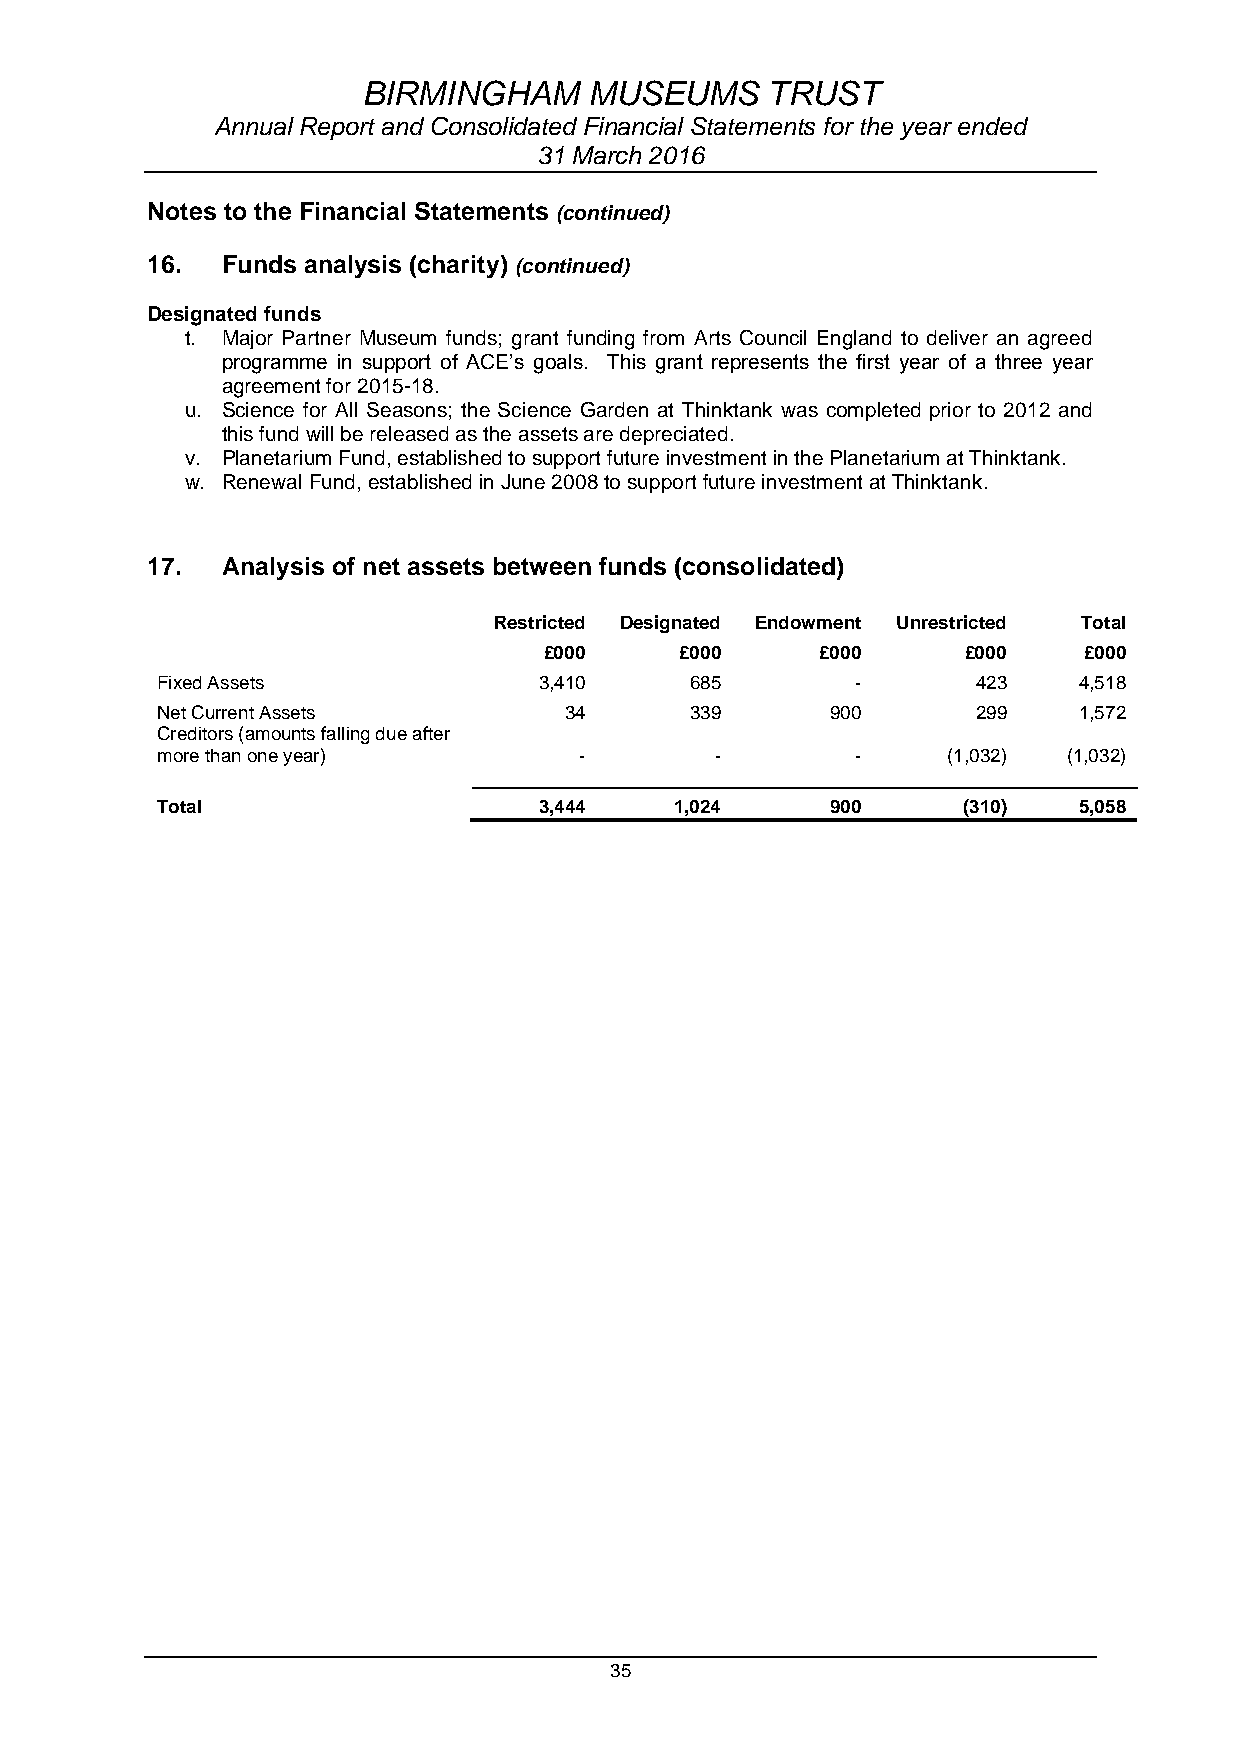
BIRMINGHAM     MUSEUMS     TRUST
 Annual Report and Consolidated Financial Statements for the year ended
 31 March 2016
 Notes to the Financial Statements (continued)
 16.  Funds analysis (charity) (continued)
 Designated funds
 t. Major Partner Museum funds; grant funding from Arts Council England to deliver an agreed
 programme in support of ACE’s goals. This grant represents the first year of a three year
 agreement for 2015-18.
 u. Science for All Seasons; the Science Garden at Thinktank was completed prior to 2012 and
 this fund will be released as the assets are depreciated.
 v. Planetarium Fund, established to support future investment in the Planetarium at Thinktank.
 w. Renewal Fund, established in June 2008 to support future investment at Thinktank.
 17.  Analysis of net assets between funds (consolidated)
 Restricted Designated Endowment Unrestricted Total
 £000     £000     £000      £000    £000
 Fixed Assets              3,410     685        -       423   4,518
 Net Current Assets         34       339      900       299   1,572
 Creditors (amounts falling due after
 more than one year)         -        -         -     (1,032) (1,032)
 Total                     3,444    1,024     900      (310)  5,058
 35